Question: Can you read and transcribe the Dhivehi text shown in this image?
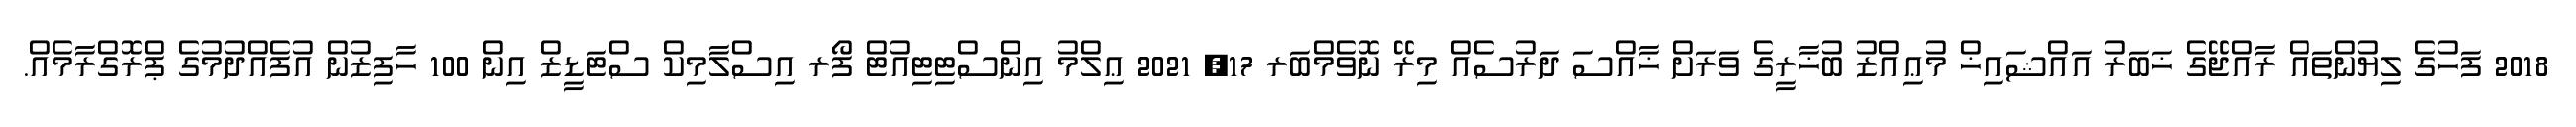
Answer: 2018 ފަހުގެ ލިޔުންތައް ރާއްޖޭގެ ޚަބަރު އައްޝައިޚް މުޢިއްޒު ބުޚާރީގެ ވަރަށް ޚާއްސަ ދަރުސެއް މިރޭ ނޮވެމްބަރ 17, 2021 ޢިލްމު އިންސްޓިޓިއުޓް ފޯރ އިސްލާމިކް ސްޓަޑީޒް އިން 100 ހާފިޒުން އުފެއްދުމުގެ ޕްރޮގްރާމެއް.